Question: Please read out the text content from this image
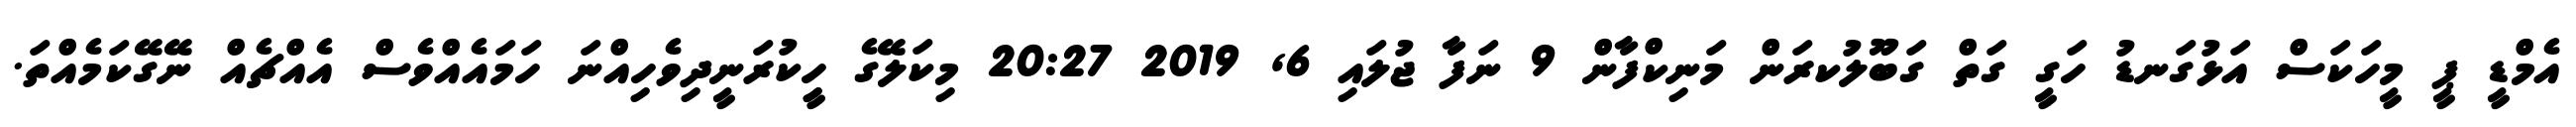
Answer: އެމްޑީ ޕީ މީހަކަސް އަޅުގަނޑު ހަގީ ގަތް ގަބޫލުކރަން މަނިކްފާން 9 ނަފާ ޖުލައި 6, 2019 20:27 މިކަލޭގެ ހީިކުރަނީދިވެހިއްނަ ހަމައެއްވެސް އެއްޗެއް ނޭގޭކަމެއްތަ.